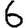
Digit: 6